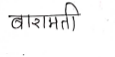
मजकूर: बारामती